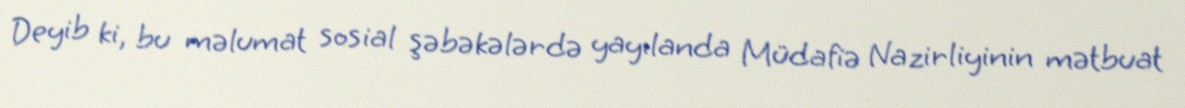
Deyib ki, bu məlumat sosial şəbəkələrdə yayılanda Müdafiə Nazirliyinin mətbuat